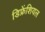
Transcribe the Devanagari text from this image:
डिफ्रेंशियल